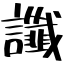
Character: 讖